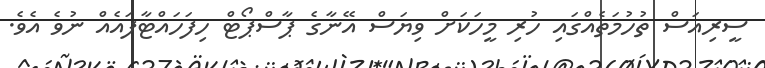
ސީރިއަސް ތުހުމަތެއްގައި ހުރި މީހަކަށް ވިޔަސް އޭނާގެ ޕާސްޕޯޓް ހިފަހައްޓާފައެއް ނުވެ އެވެ.